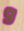
و